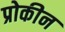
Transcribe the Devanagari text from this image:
प्रोकीन